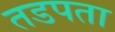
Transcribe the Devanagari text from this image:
तडपता